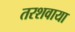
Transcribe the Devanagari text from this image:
तरशवाया